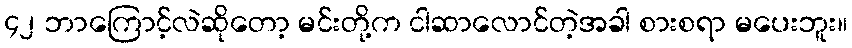
၄၂ ဘာကြောင့်လဲဆိုတော့ မင်းတို့က ငါဆာလောင်တဲ့အခါ စားစရာ မပေးဘူး။